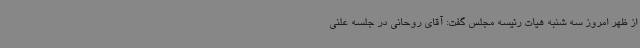
از ظهر امروز سه شنبه هیات رئیسه مجلس گفت: آقای روحانی در جلسه علنی